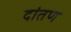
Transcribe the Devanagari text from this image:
दांतण